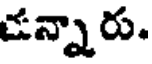
ఉన్నారు.